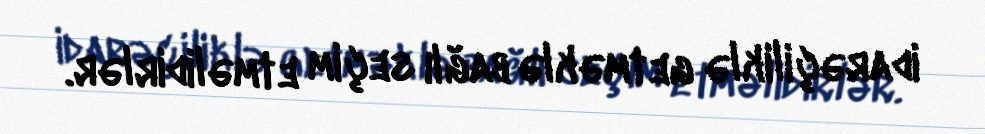
idarəçiliklə getməklə bağlı seçim etməlidirlər.